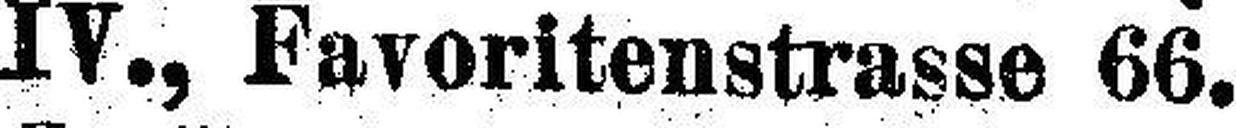
IV., Favoritenstrasse 66.